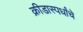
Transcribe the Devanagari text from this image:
क्रीडास्पर्धांचे